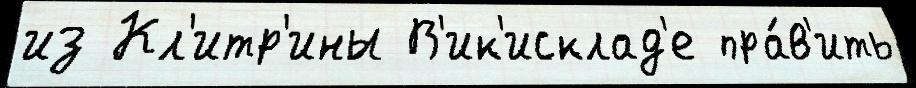
из Кл'итр'ины В'ик'исклад'е пра́в'ить